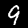
Digit: 9